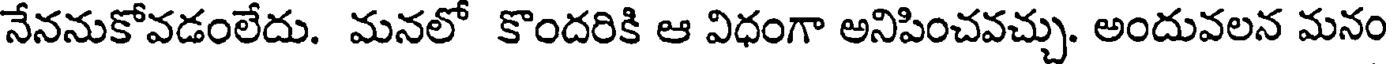
నేననుకోవడంలేదు. మనలో కొందరికి ఆ విధంగా అనిపించవచ్చు. అందువలన మనం